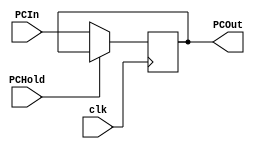
`ifndef MODULE_PC
`define MODULE_PC
`timescale 1ns / 1ps
//////////////////////////////////////////////////////////////////////////////////
// Company: 
// Engineer: 
// 
// Design Name: 
// Module Name: PC
// Project Name: 
// Target Devices: 
// Tool Versions: 
// Description: 
// 
// Dependencies: 
// 
// Revision:
// Revision 0.01 - File Created
// Additional Comments:
// 
//////////////////////////////////////////////////////////////////////////////////


module PC(PCIn, PCOut, PCHold, clk);
    input [31:0]PCIn;
    input PCHold;
    input clk;
    output [31:0]PCOut;
    reg [31:0]PCOut;
    
    initial PCOut <= 0;
    
    always@(posedge clk)
    begin
        if(PCHold == 0) PCOut <= PCIn;
    end    

endmodule
`endif